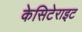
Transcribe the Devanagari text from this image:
केसिटेराइट